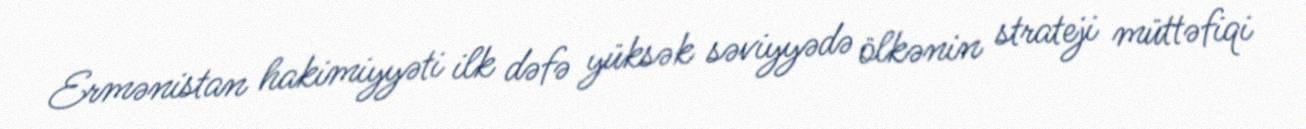
Ermənistan hakimiyyəti ilk dəfə yüksək səviyyədə ölkənin strateji müttəfiqi